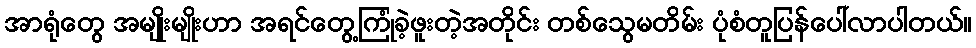
အာရုံတွေ အမျိုးမျိုးဟာ အရင်တွေ့ကြုံခဲ့ဖူးတဲ့အတိုင်း တစ်သွေမတိမ်း ပုံစံတူပြန်ပေါ်လာပါတယ်။